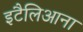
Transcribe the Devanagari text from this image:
इटैलिआना